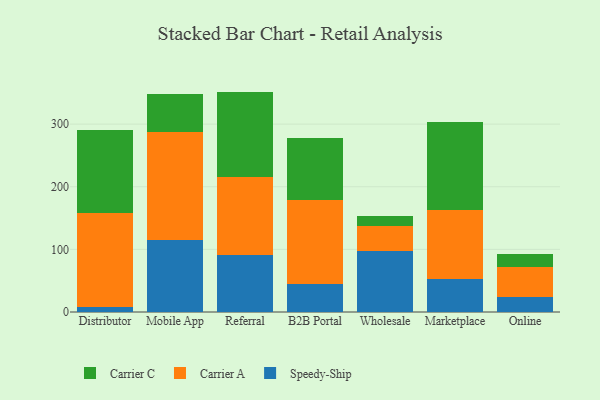
{"axis": {"x": "Channel", "y": "Inventory Turnover"}, "legend": ["Carrier A", "Carrier C", "Speedy-Ship"], "data": [{"x": "Distributor", "y": 8.1, "type": "Speedy-Ship"}, {"x": "Distributor", "y": 150.7, "type": "Carrier A"}, {"x": "Distributor", "y": 131.9, "type": "Carrier C"}, {"x": "Mobile App", "y": 115.6, "type": "Speedy-Ship"}, {"x": "Mobile App", "y": 172.1, "type": "Carrier A"}, {"x": "Mobile App", "y": 60.1, "type": "Carrier C"}, {"x": "Referral", "y": 90.6, "type": "Speedy-Ship"}, {"x": "Referral", "y": 125.0, "type": "Carrier A"}, {"x": "Referral", "y": 136.3, "type": "Carrier C"}, {"x": "B2B Portal", "y": 44.9, "type": "Speedy-Ship"}, {"x": "B2B Portal", "y": 134.5, "type": "Carrier A"}, {"x": "B2B Portal", "y": 99.2, "type": "Carrier C"}, {"x": "Wholesale", "y": 97.2, "type": "Speedy-Ship"}, {"x": "Wholesale", "y": 40.6, "type": "Carrier A"}, {"x": "Wholesale", "y": 15.2, "type": "Carrier C"}, {"x": "Marketplace", "y": 53.1, "type": "Speedy-Ship"}, {"x": "Marketplace", "y": 110.2, "type": "Carrier A"}, {"x": "Marketplace", "y": 139.8, "type": "Carrier C"}, {"x": "Online", "y": 24.6, "type": "Speedy-Ship"}, {"x": "Online", "y": 48.0, "type": "Carrier A"}, {"x": "Online", "y": 19.8, "type": "Carrier C"}]}